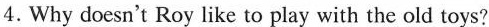
4.Why doesn't Roy like to play with the old toys?